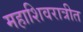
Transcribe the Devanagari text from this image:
महाशिवरात्रीत